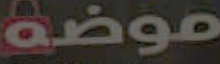
موضة